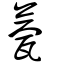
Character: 甍